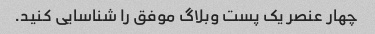
چهار عنصر یک پست وبلاگ موفق را شناسایی کنید.